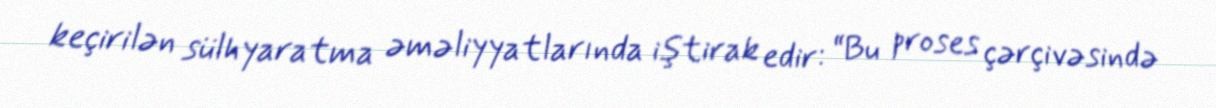
keçirilən sülhyaratma əməliyyatlarında iştirak edir: “Bu proses çərçivəsində